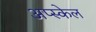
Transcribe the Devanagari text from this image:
अप्स्केल